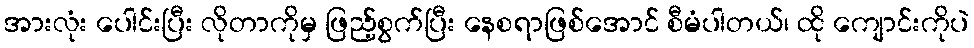
အားလုံး ပေါင်းပြီး လိုတာကိုမှ ဖြည့်စွက်ပြီး နေစရာဖြစ်အောင် စီမံပါတယ်၊ ထို ကျောင်းကိုပဲ